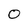
Character: 0